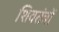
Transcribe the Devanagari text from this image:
शिवतंत्रों